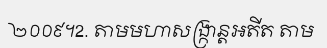
២០០៩។2. តាមមហាសង្ក្រាន្តអតីត តាម